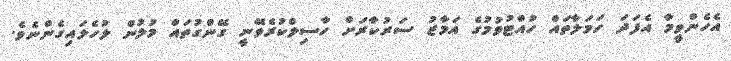
އެހެންވީމާ އެފަދަ ހަމަލާތައް ހުއްޓުވުމުގެ އަމާޒު ސަރުކާރަށް ހާސިލްކުރެވޭނީ ގޭންގުތައް މުލުން ލުހެލައިގެންނެވެ.